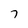
Character: 7